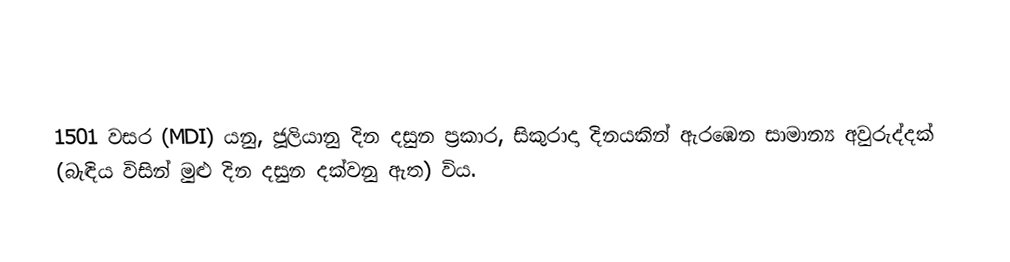

1501 වසර (MDI) යනු,  ජූලියානු දින දසුන ප්‍රකාර,  සිකුරාදා දිනයකින් ඇරඹෙන සාමාන්‍ය අවුරුද්දක් (බැඳිය විසින් මුළු දින දසුන දක්වනු ඇත) විය.